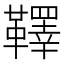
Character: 𩍜